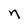
Character: n